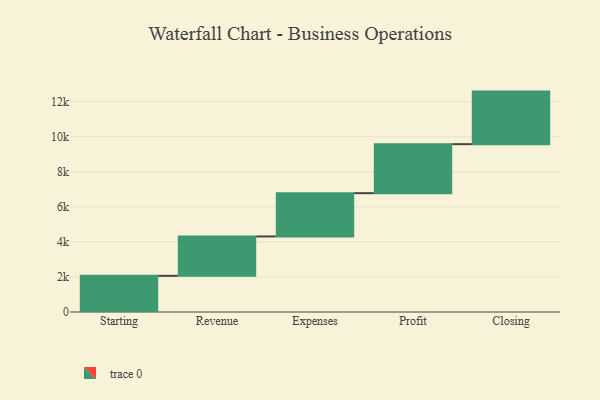
{"axis": {"x": "Step", "y": "Value"}, "legend": [""], "data": [{"x": "Starting", "y": 2064.0, "type": ""}, {"x": "Revenue", "y": 2247.0, "type": ""}, {"x": "Expenses", "y": 2470.0, "type": ""}, {"x": "Profit", "y": 2796.0, "type": ""}, {"x": "Closing", "y": 3000, "type": ""}]}